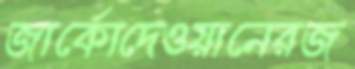
জার্কোদেওয়ানেরজ